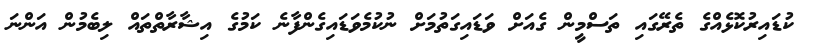
ކުޑައިރުކޮޅެއްގެ ތެރޭގައި ތަސްމީން ގެއަށް ވަޑައިގަތުމަށް ނުކުމެވަޑައިގެންފާނެ ކަމުގެ އިޝާރާތްތައް ލިބެމުން އަންނަ